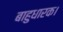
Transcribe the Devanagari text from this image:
बाहुधारक।